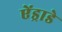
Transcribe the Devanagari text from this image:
ऐंड्राडे